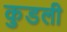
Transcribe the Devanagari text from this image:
कुडली